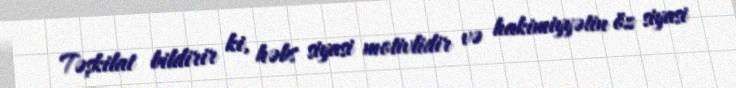
Təşkilat bildirir ki, həbs siyasi motivlidir və hakimiyyətin öz siyasi